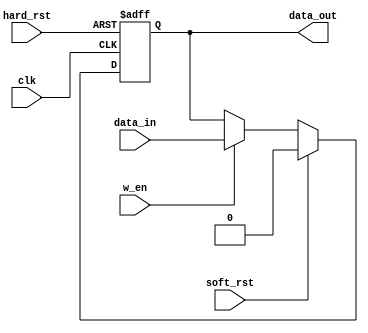
module flag_reg(input clk,
input hard_rst,
input soft_rst,
input w_en,
input data_in,
output reg data_out
    );
	 
	 always @(posedge clk, posedge hard_rst) begin
		if(hard_rst) begin
			data_out <= 'd0;
		end
		else if(soft_rst)begin
			data_out <= 'd0;
		end
		else begin
			if(w_en) data_out <= data_in; else data_out <= data_out;
		end
	 end

endmodule